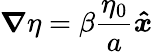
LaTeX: \boldsymbol{\nabla}\eta=\beta\frac{\eta_{0}}{a}\boldsymbol{\hat{x}}